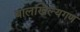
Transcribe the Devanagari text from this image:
बालखिल्यगण